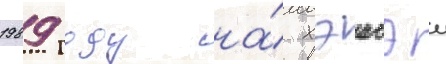
1989 году на́ хэисэи